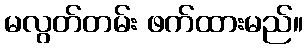
မလွတ်တမ်း ဖက်ထားမည်။